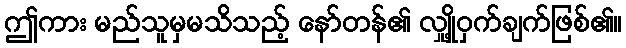
ဤကား မည်သူမှမသိသည့် နော်တန်၏ လျှို့ဝှက်ချက်ဖြစ်၏။